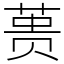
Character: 蒉